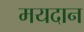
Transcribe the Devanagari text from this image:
मयदान